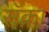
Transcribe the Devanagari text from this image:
सॅक्रा